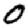
Digit: 0